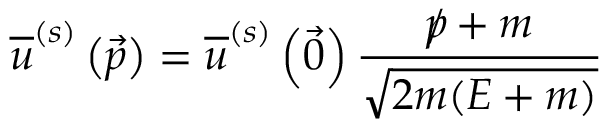
{ \overline { { u } } } ^ { ( s ) } \left( { \vec { p } } \right) = { \overline { { u } } } ^ { ( s ) } \left( { \vec { 0 } } \right) { \frac { { p \! \! \! / } + m } { \sqrt { 2 m ( E + m ) } } }